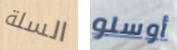
السلة أوسلو